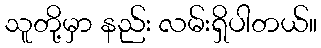
သူတို့မှာ နည်း လမ်းရှိပါတယ်။